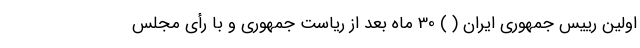
اولین رییس جمهوری ایران ( ) 30 ماه بعد از ریاست جمهوری و با رأی مجلس